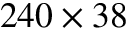
2 4 0 \times 3 8